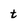
Character: t